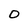
Character: o